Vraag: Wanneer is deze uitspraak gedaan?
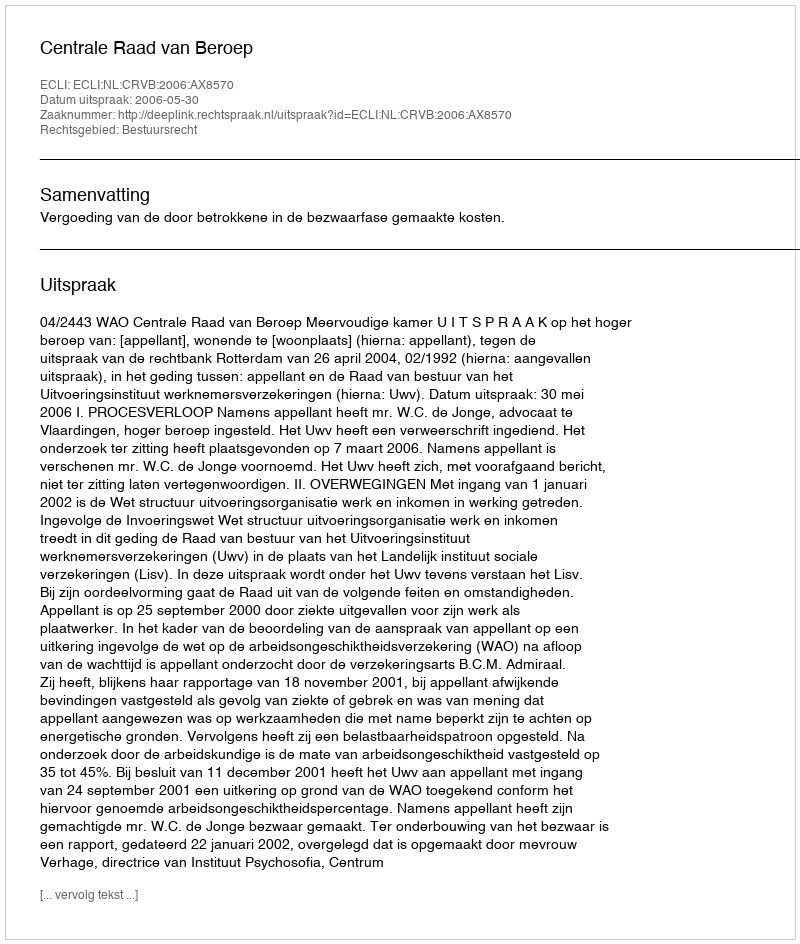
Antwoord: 2006-05-30